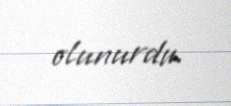
olunurdu.